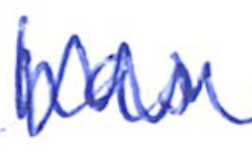
Text: has
Cross-out: zig-zag
Writing tool: ballpoint